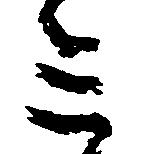
ミ